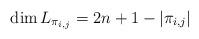
LaTeX: \begin{align*}\dim L_{\pi_{i,j}}=2\*n+1-|\pi_{i,j}|\end{align*}